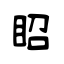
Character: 眧